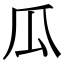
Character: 瓜